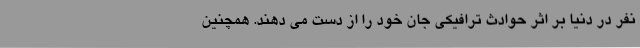
نفر در دنیا بر اثر حوادث ترافیکی جان خود را از دست می دهند. همچنین